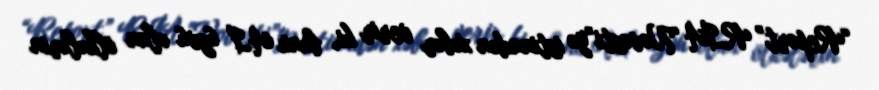
“Report” RİA "Novosti”yə istinadən xəbər verir ki, bunu Aİ üzvü olan ölkələrin